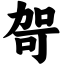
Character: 哿